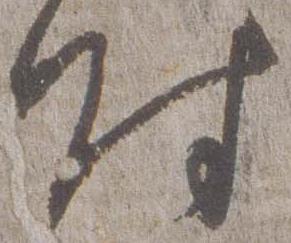
時